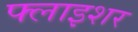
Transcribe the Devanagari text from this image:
फ्लाइशर